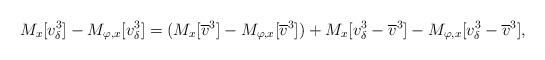
LaTeX: \begin{align*}M_x[v_{\delta}^3]-M_{\varphi, x}[v_{\delta}^3]=(M_x[\overline{v}^3]-M_{\varphi, x}[\overline{v}^3])+M_x[v_{\delta}^3-\overline{v}^3]-M_{\varphi, x}[v_{\delta}^3-\overline{v}^3],\end{align*}